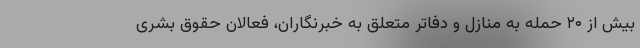
بیش از ۲۰ حمله به منازل و دفاتر متعلق به خبرنگاران، فعالان حقوق بشری